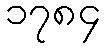
၁၇၈၄